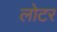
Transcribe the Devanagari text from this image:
लोटर